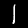
Digit: 1